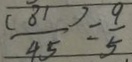
\frac { ( 8 1 ) } { 4 5 } = \frac { 9 } { 5 }